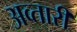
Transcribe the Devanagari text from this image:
अव्तारी